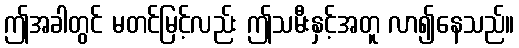
ဤအခါတွင် မတင်မြင့်လည်း ဤသမီးနှင့်အတူ လာ၍နေသည်။